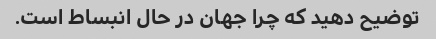
توضیح دهید که چرا جهان در حال انبساط است.